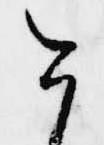
今